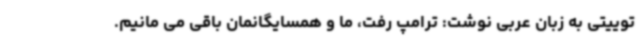
توییتی به زبان عربی نوشت: ترامپ رفت، ما و همسایگانمان باقی می مانیم.